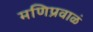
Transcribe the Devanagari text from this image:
मणिप्रवाळं